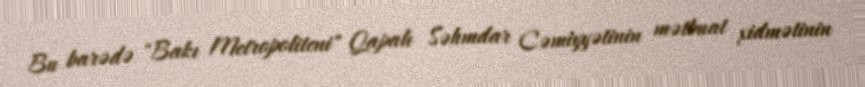
Bu barədə "Bakı Metropoliteni" Qapalı Səhmdar Cəmiyyətinin mətbuat xidmətinin